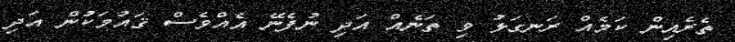
ތެރެއިން ކަމެއް ރަނގަޅު ވި ތަނެއް އަދި ނުފެނޭ އެއްވެސް ޤައުމަކުން އަދި